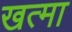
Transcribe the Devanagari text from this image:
खत्मा